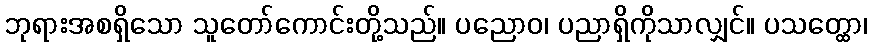
ဘုရားအစရှိသော သူတော်ကောင်းတို့သည်။ ပညောဝ၊ ပညာရှိကိုသာလျှင်။ ပသတ္ထော၊